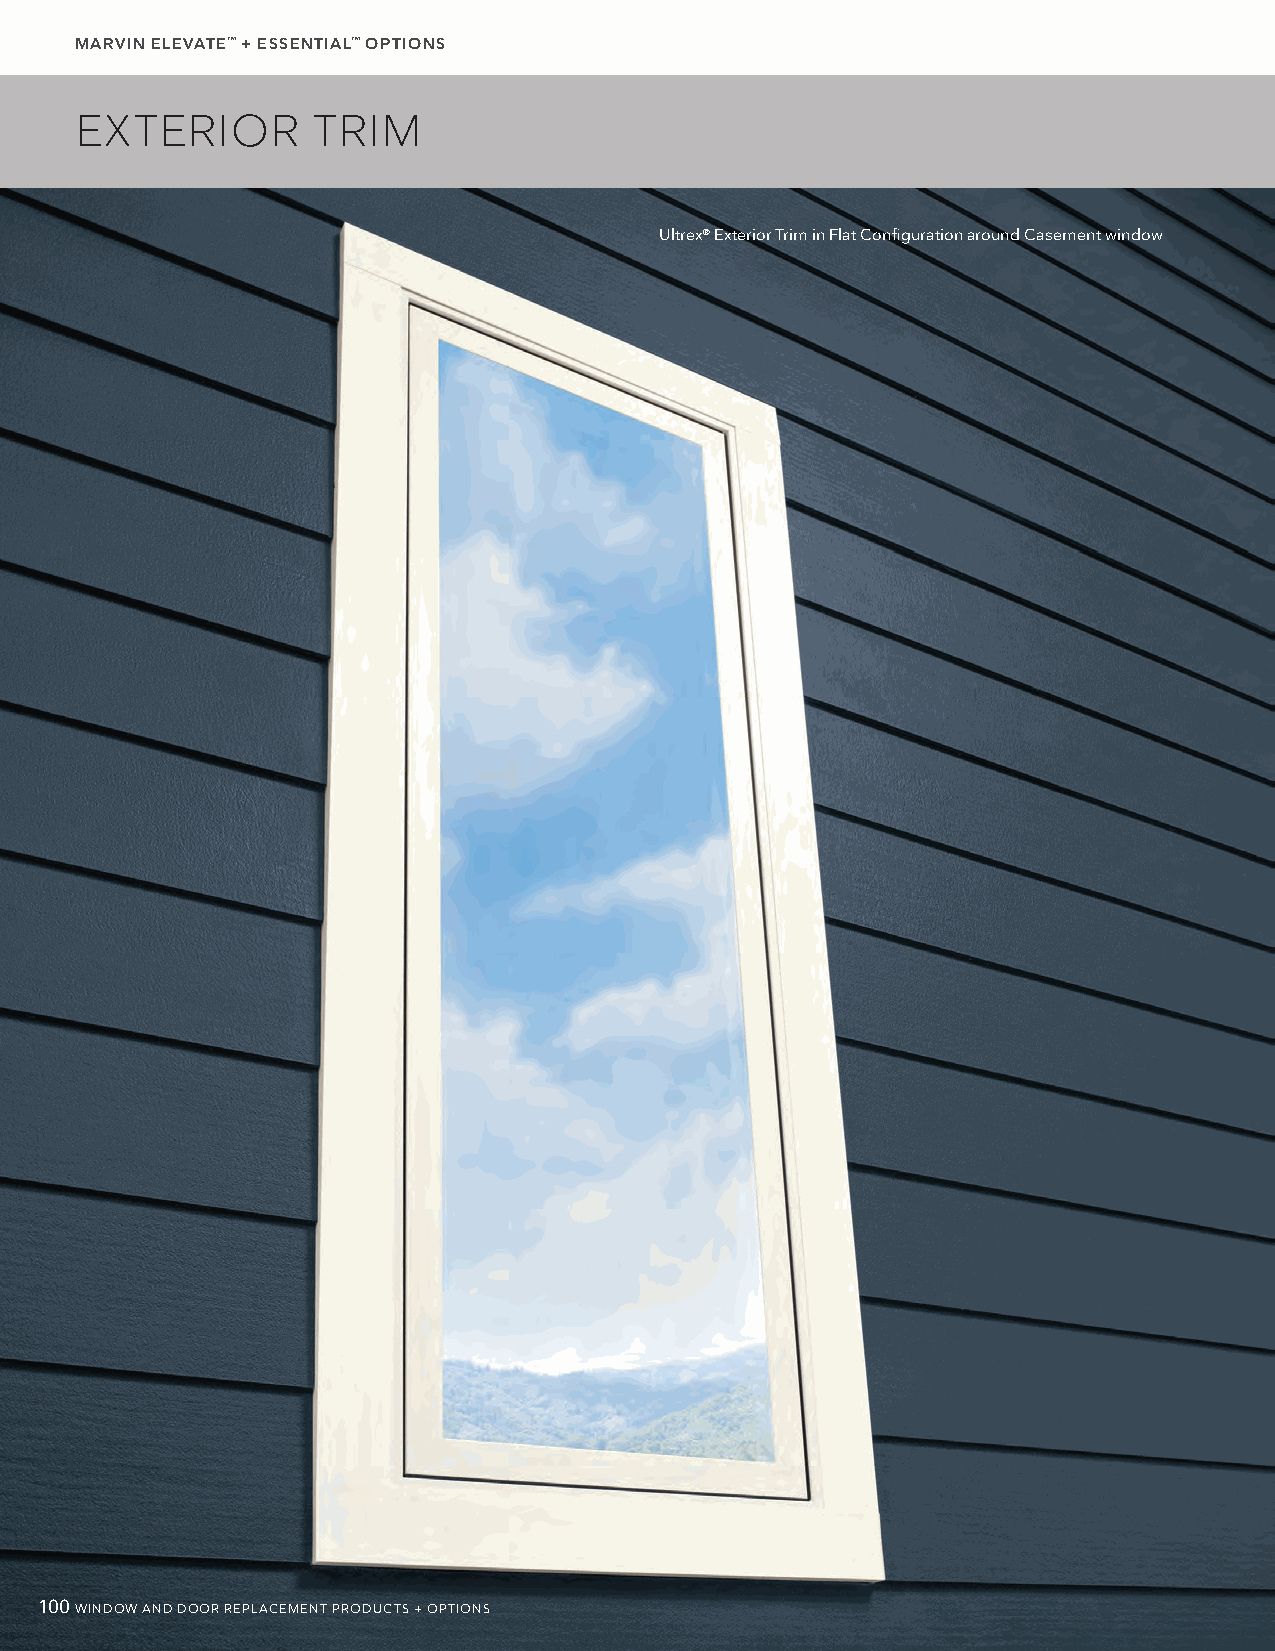
MARVIN ELEVATE™ + ESSENTIAL™ OPTIONS
 EXTERIOR        TRIM
 Ultrex® Exterior Trim in Flat Configuration around Casement window
 100WINDOW AND DOOR REPLACEMENT PRODUCTS + OPTIONS